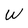
Character: W